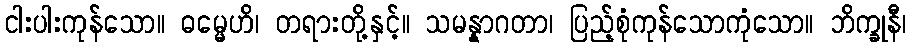
ငါးပါးကုန်သော။ ဓမ္မေဟိ၊ တရားတို့နှင့်။ သမန္နာဂတာ၊ ပြည့်စုံကုန်သောကုံသော။ ဘိက္ခုနီ၊